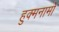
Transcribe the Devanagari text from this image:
हुक्मनामों